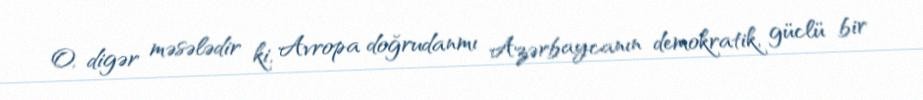
O, digər məsələdir ki, Avropa doğrudanmı Azərbaycanın demokratik, güclü bir